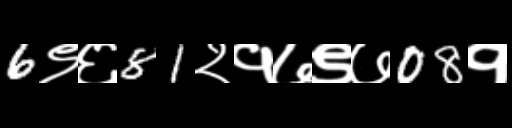
Text: 6९६81२१७९७08१